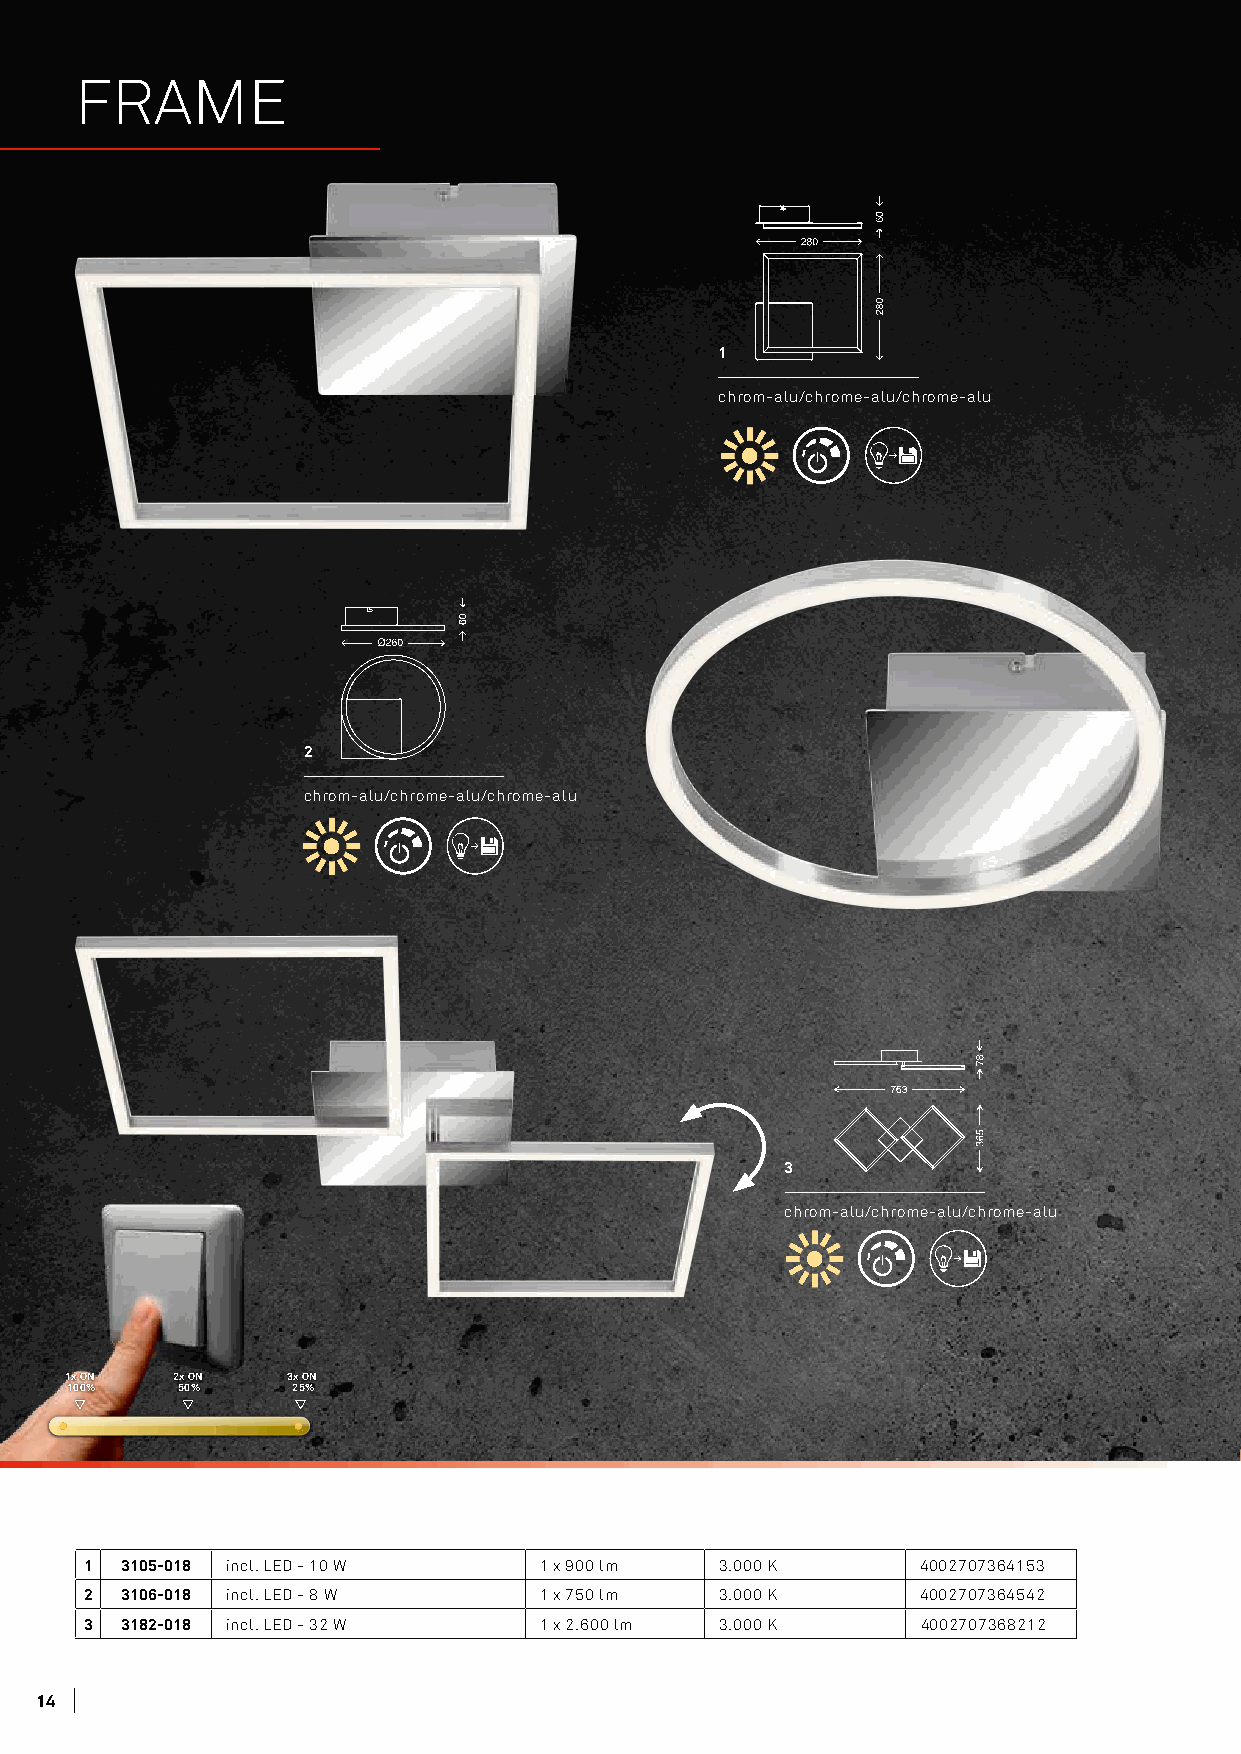
FRAME
 1
 chrom-alu/chrome-alu/chrome-alu
 2
 chrom-alu/chrome-alu/chrome-alu
 3
 chrom-alu/chrome-alu/chrome-alu
 1x ON  2x ON   3x ON
 100%    50%    25%
 1 3105-018 incl. LED - 10 W   1 x 900 lm  3.000 K      4002707364153
 2 3106-018 incl. LED - 8 W    1 x 750 lm  3.000 K      4002707364542
 3 3182-018 incl. LED - 32 W   1 x 2.600 lm 3.000 K     4002707368212
 1144